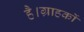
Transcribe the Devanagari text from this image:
है।ग्राहकों